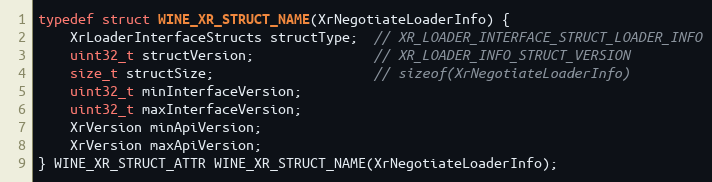
Language: C
typedef struct WINE_XR_STRUCT_NAME(XrNegotiateLoaderInfo) {
    XrLoaderInterfaceStructs structType;  // XR_LOADER_INTERFACE_STRUCT_LOADER_INFO
    uint32_t structVersion;               // XR_LOADER_INFO_STRUCT_VERSION
    size_t structSize;                    // sizeof(XrNegotiateLoaderInfo)
    uint32_t minInterfaceVersion;
    uint32_t maxInterfaceVersion;
    XrVersion minApiVersion;
    XrVersion maxApiVersion;
} WINE_XR_STRUCT_ATTR WINE_XR_STRUCT_NAME(XrNegotiateLoaderInfo);